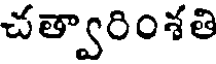
చత్వారింశతి